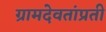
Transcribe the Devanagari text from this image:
ग्रामदेवतांप्रती